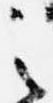
之